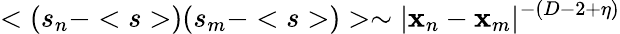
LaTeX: <(s_{n}-
)(s_{m}-
)>\sim|\mathbf{x}_{n}-\mathbf{x}_{m}|^{-(D-2+\eta)}